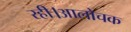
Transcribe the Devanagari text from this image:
रही।आलोचक